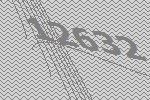
12632